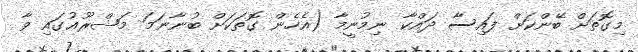
މިގޮތަށް ބޭންކަށް ފައިސާ ދައްކާ ނިމުނީމާ (އެހެން ގޮތަކަށް ބުނާނަމަ މަޝްރޫޢުގައި ވާ